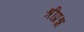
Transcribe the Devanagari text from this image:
श्रीप्रश्न